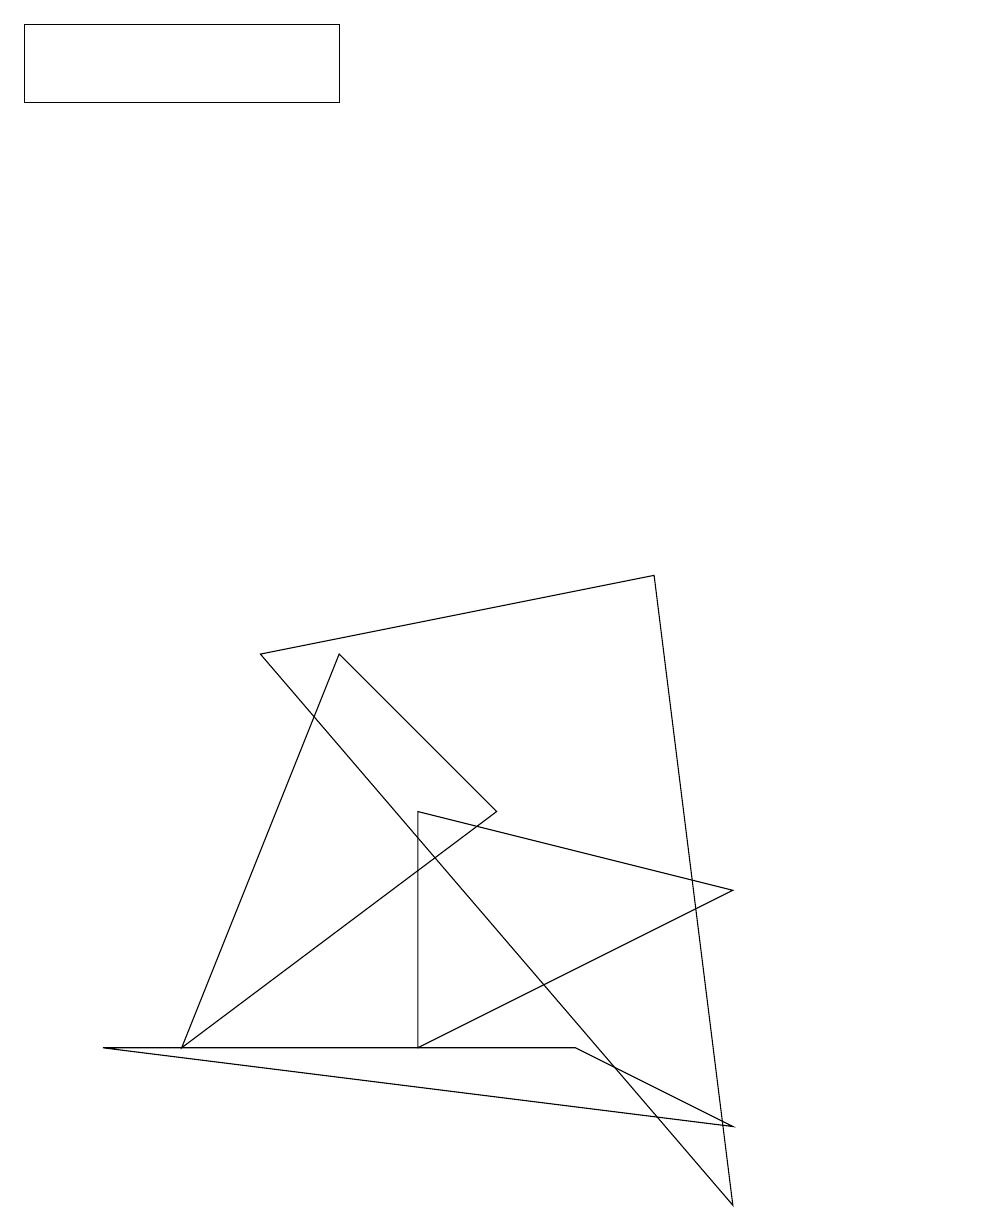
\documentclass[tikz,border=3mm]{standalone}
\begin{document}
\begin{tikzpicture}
\draw (2,3) -- (4,8) -- (6,6) -- cycle;
\draw (12,11) circle (0);
\draw (1,3) -- (7,3) -- (9,2) -- cycle;
\draw (5,3) -- (5,6) -- (9,5) -- cycle;
\draw (9,1) -- (8,9) -- (3,8) -- cycle;
\draw (0,16) rectangle (4,15);
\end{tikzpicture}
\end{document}